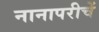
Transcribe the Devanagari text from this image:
नानापरीचें